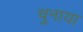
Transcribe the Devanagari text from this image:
चुनाया